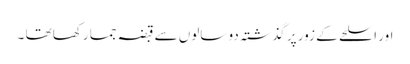
اور اسلحے کے زور پر گذشتہ دو سالوں سے قبضہ جما رکھا تھا ۔